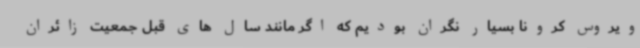
ویروس کرونا بسیار نگران بودیم که اگر مانند سال های قبل جمعیت زائران